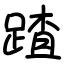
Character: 蹅